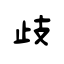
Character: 歧